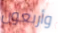
وأربعون